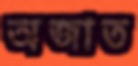
অজাত